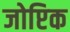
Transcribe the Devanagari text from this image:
जोप्टिक